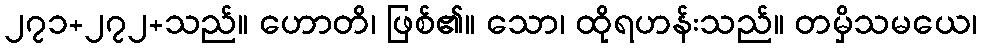
၂၇၁+၂၇၂+သည်။ ဟောတိ၊ ဖြစ်၏။ သော၊ ထိုရဟန်းသည်။ တမှိသမယေ၊